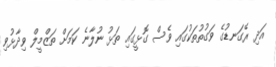
އަދި ރޭގަނޑުގެ ވަގުތުތަކުގައި ވެސް ގޮޅީގައި ތަޅު ނުލާނެ ކަމަށް ތަޒްމީލް ވިދާޅުވި